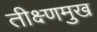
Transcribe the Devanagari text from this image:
तीक्ष्णमुख